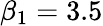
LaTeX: \beta_{1}=3.5